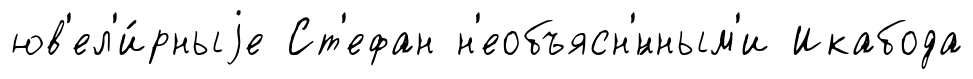
юв'ел'и́рныjе Ст'ефан н'еобъясн'́нным'и Икабода